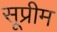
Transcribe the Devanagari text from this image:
सूप्रीम